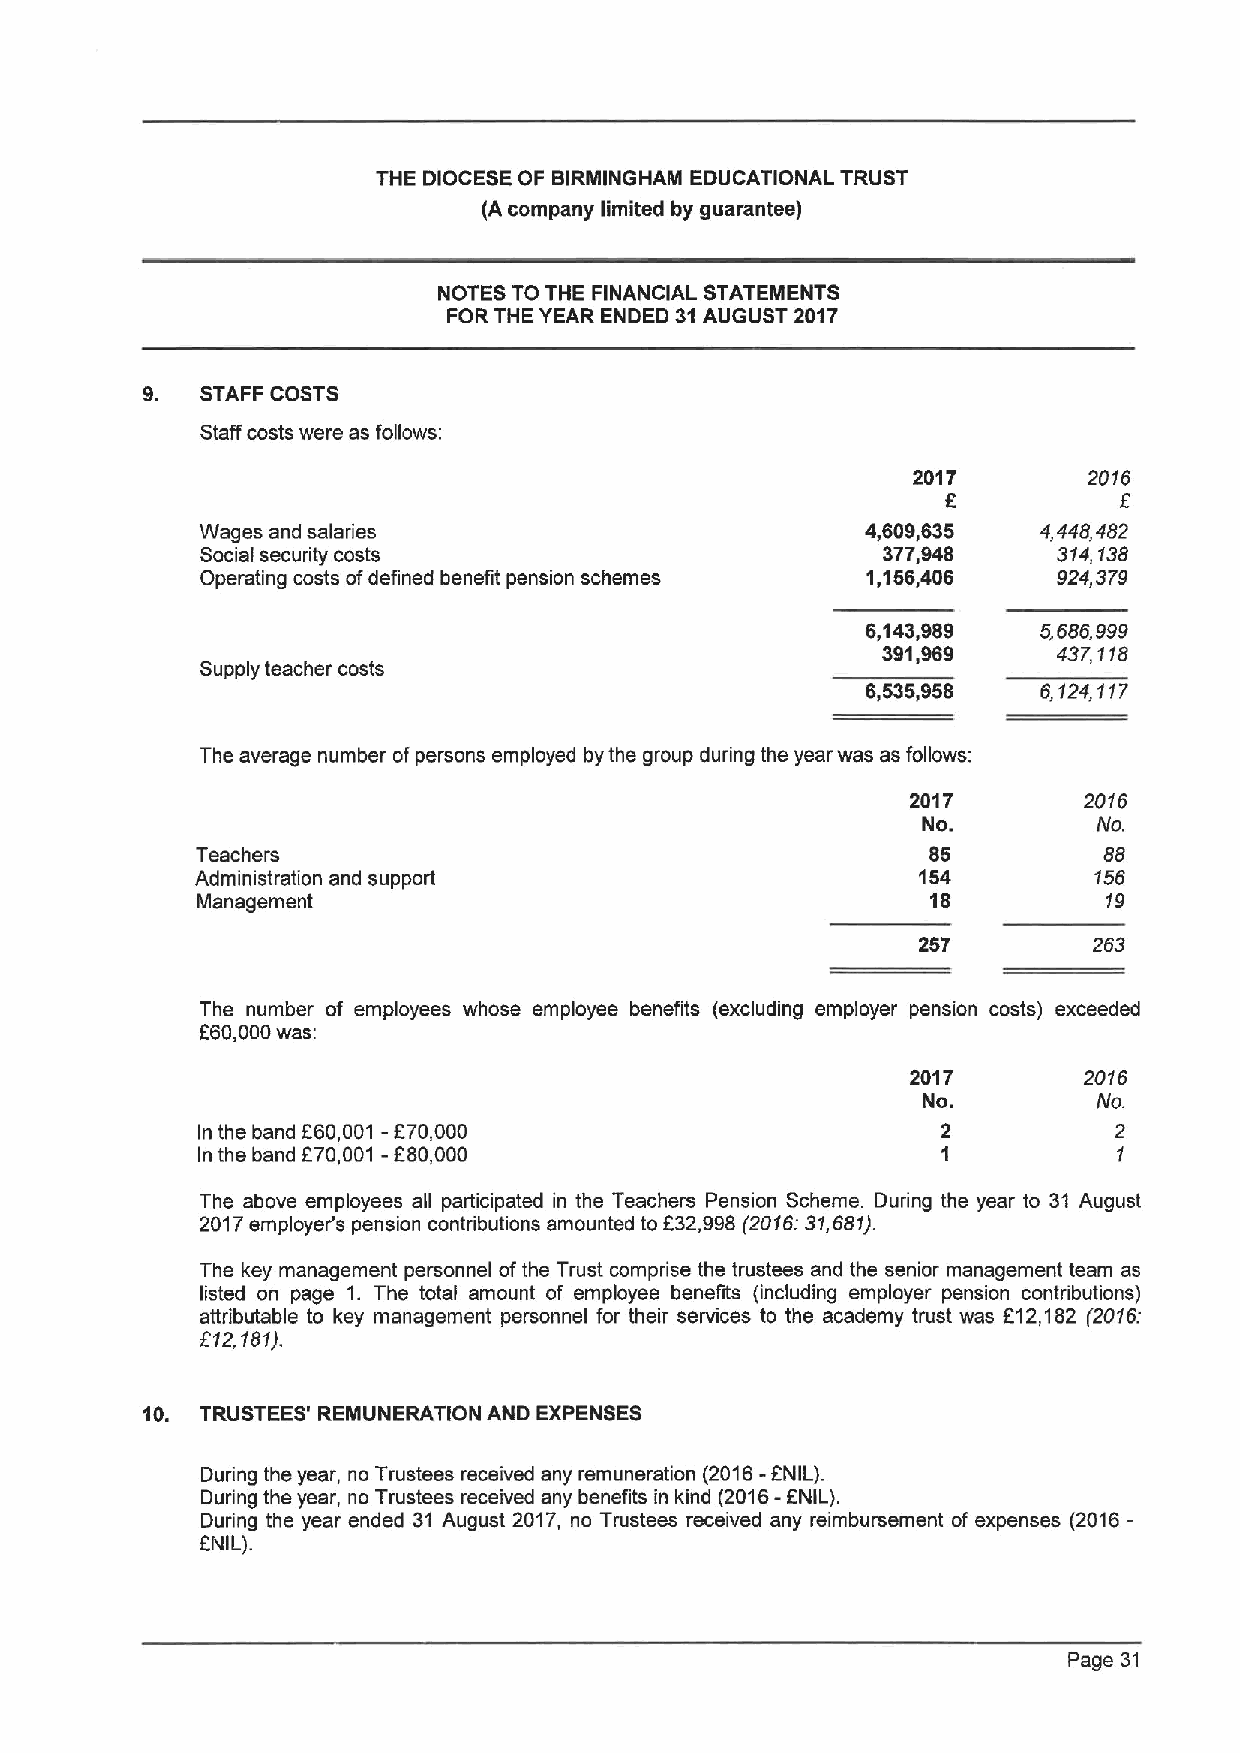
THE DIOCESE OF BIRNIINGHAM EDUCATIONAL TRUST
 (A company limited by guarantee)
 NOTES TOTHE FINANCIAL STATEMENTS
 FORTHE YEAR ENDED 31AUGUST 2017
 9.  STAFF COSTS
 Staff costs were as follows:
 2017        2016
 f          f
 Wages and salaries                          4,609,635   4,448,482
 Social security costs                        377,948     314,138
 Operating costs ofdefined benefit pension schemes 1,156,406 924,379
 6,143,989   5,686,999
 391,969     437,118
 Supply teacher costs
 6,535,958   6,124,117
 The average number ofpersons employed by the group during the year was as follows:
 2017        2016
 No.         No.
 Teachers                                         85         88
 Administration and support                      154        156
 Management                                       18         19
 257        263
 The number of employees whose employee benefits (excluding employer pension costs) exceeded
 660,000was:
 2017        2016
 No.         No.
 In the band 660,001 -F70,000                     2           2
 In the band F70,001 - F80,000                    1           1
 The above employees all participated in the Teachers Pension Scheme. During the year to 31 August
 2017employer's pension contributions amounted to 632,998(2016:31,681).
 The key management personnel ofthe Trust comprise the trustees and the senior management team as
 listed on page 1. The total amount of employee benefits (including employer pension contributions)
 attributable to key management personnel for their services to the academy trust was 612,182 (2016:
 512,181).
 10. TRUSTEES' REMUNERATION AND EXPENSES
 During the year, no Trustees received any remuneration
 (2016-
 ANIL).
 During the year, no Trustees received any benefits in kind (2016-ENIL).
 During the year ended 31 August 2017, no Trustees received any reimbursement of expenses (2016-
 ANIL).
 Page 31